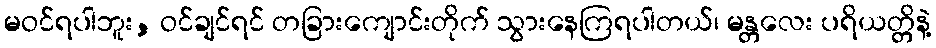
မဝင်ရပါဘူး, ဝင်ချင်ရင် တခြားကျောင်းတိုက် သွားနေကြရပါတယ်၊ မန္တလေး ပရိယတ္တိနဲ့